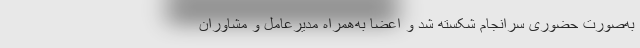
به‌صورت حضوری سرانجام شکسته شد و اعضا به‌همراه مدیرعامل و مشاوران